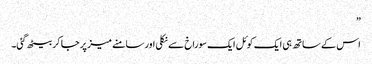
”
اس کے ساتھ ہی ایک کوئل ایک سوراخ سے نکلی اور سامنے میز پر جا کر بیٹھ گئی۔